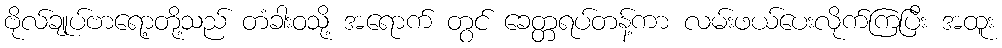
ဗိုလ်ချုပ်ဗာရော့တို့သည် တံခါးဝသို့ အရောက် တွင် ခေတ္တရပ်တန့်ကာ လမ်းဖယ်ပေးလိုက်ကြပြီး အထူး